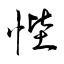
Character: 悂